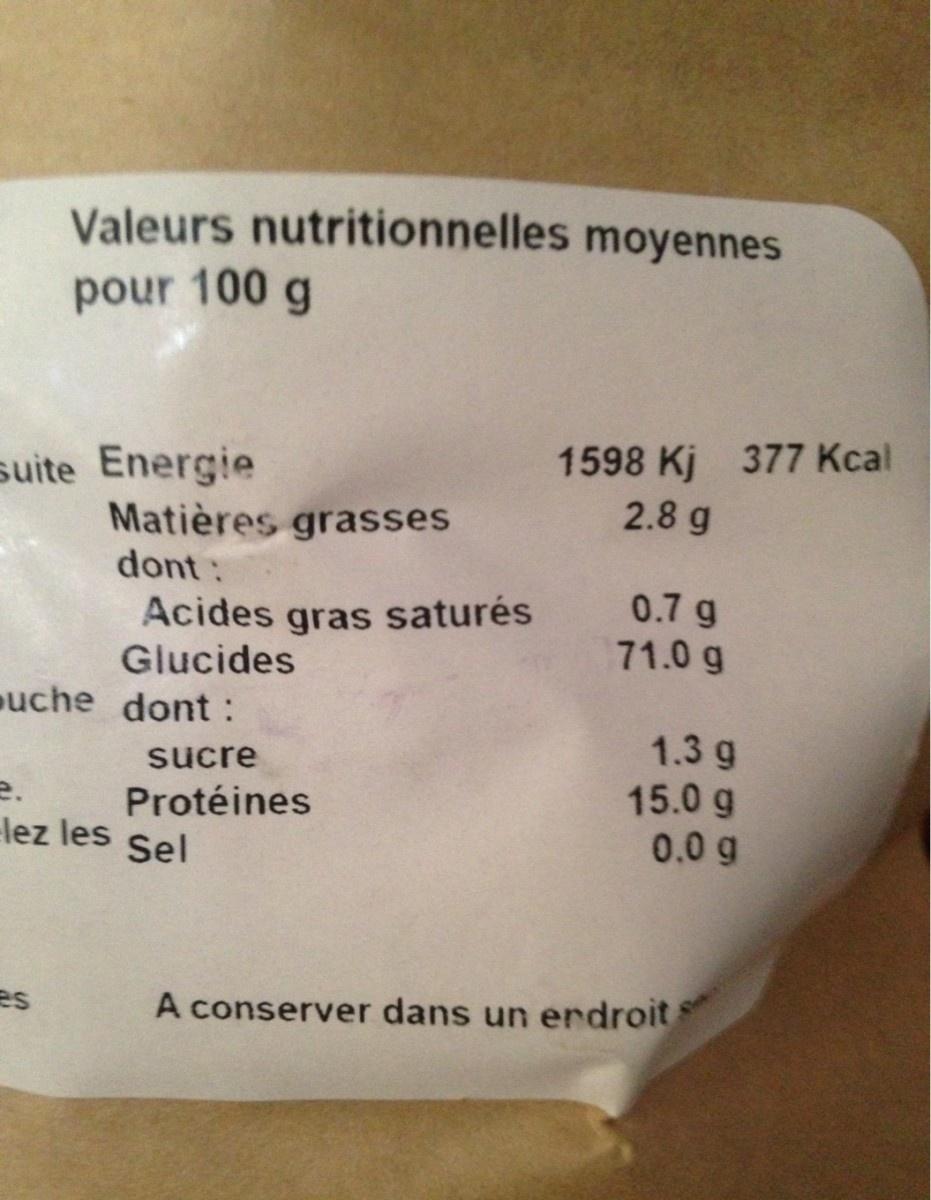
Valeurs nutritionnelles moyennes
pour 100 g
suite Energie Matières grasses dont:
1598 Kj 377 Kcal 2.8 g
Acides gras saturés Glucides
0.7 g 71.0 g
uche dont:
1.3 g 15.0 g 0.0 g
sucre
e. lez les
Protéines
Sel
es
A conserver dans un erdroit